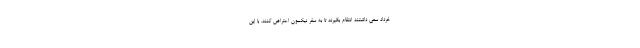
خرداد سعی داشتند انتقام بگیرند تا به سفر نیکسون اعتراض کنند. با این